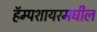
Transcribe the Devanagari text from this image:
हॅम्पशायरमधील